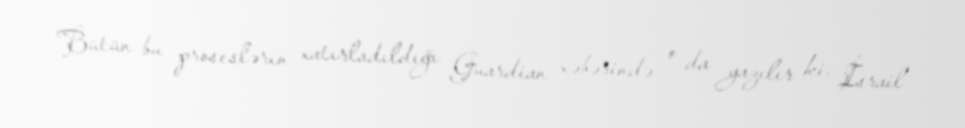
Bütün bu proseslərin xatırladıldığı Guardian xəbərində o da yazılır ki, İsrail